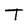
Character: T